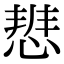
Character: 𭝢